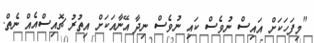
"މިފަހަކަށް އައިސް ނުވެސް ކައި ނުވެސް ނިދާ އޭނާއަކަށް އިތުރު ޗޮއިސްއެއް ނެތް.